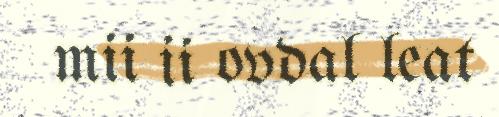
mii ii ovdal leat